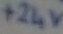
Text: +24v